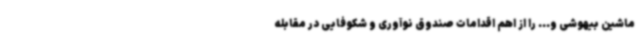
ماشین بیهوشی و... را از اهم اقدامات صندوق نوآوری و شکوفایی در مقابله